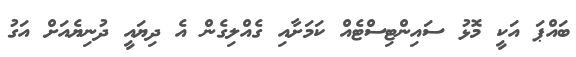
ބައްޕަ އަކީ މޮޅު ސައިންޓިސްޓެއް ކަމަށާއި ގެއްލިގެން އެ ދިޔައީ ދުނިޔެއަށް އަގު